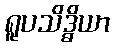
ရူပသိဒ္ဓိယာ